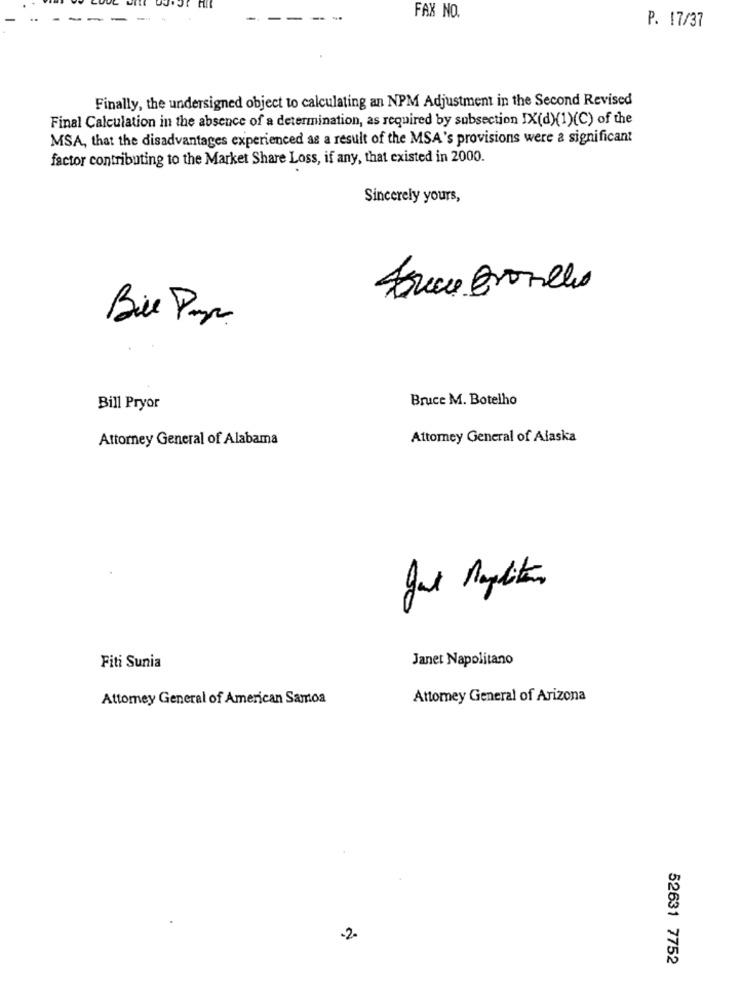
FAX NO.
P. 17/37
Finally, the undersigned object to calculating an NPM Adjustment in the Second Revised
Final Calculation in the absence of a determination, as required by subsection IX(d)(1)(C) of the
MSA, that the disadvantages experienced as a result of the MSA's provisions were a significant
factor contributing to the Market Share Loss, if any, that existed in 2000.
Sincerely yours,
Frecce Bronches
Bile Pap
Bruce M. Botelho
Bill Pryor
Attorney General of Alabama
Attorney General of Alaska
0
Janet Napolitano
Fiti Sunia
Attorney General of American Samoa
Attomey General of Arizona
-2.
52631 7752